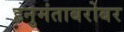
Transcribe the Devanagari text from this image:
हनुमंताबरोबर